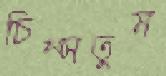
চিম্‌সতুম